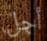
أجل